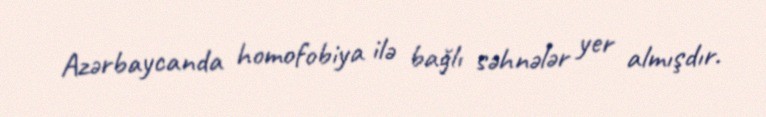
Azərbaycanda homofobiya ilə bağlı səhnələr yer almışdır.